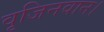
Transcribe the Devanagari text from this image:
वृजिनवान।